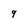
Character: 9